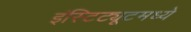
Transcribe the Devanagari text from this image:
इंस्टिट्यूटमध्ये